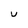
Character: U